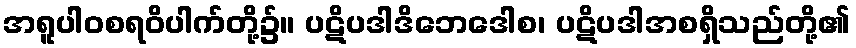
အရူပါဝစရဝိပါက်တို့၌။ ပဋိပဒါဒိဘေဒေါစ၊ ပဋိပဒါအစရှိသည်တို့၏